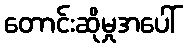
တောင်းဆိုမှုအပေါ်